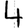
Digit: 4